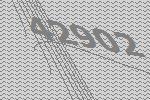
42902